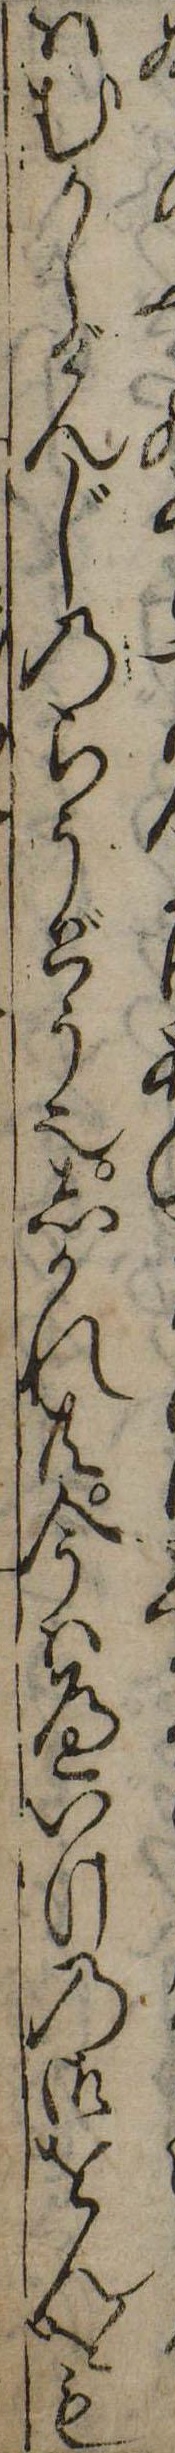
はむかしげんじのらうどう也しかれ共今はへいけの御をんをも